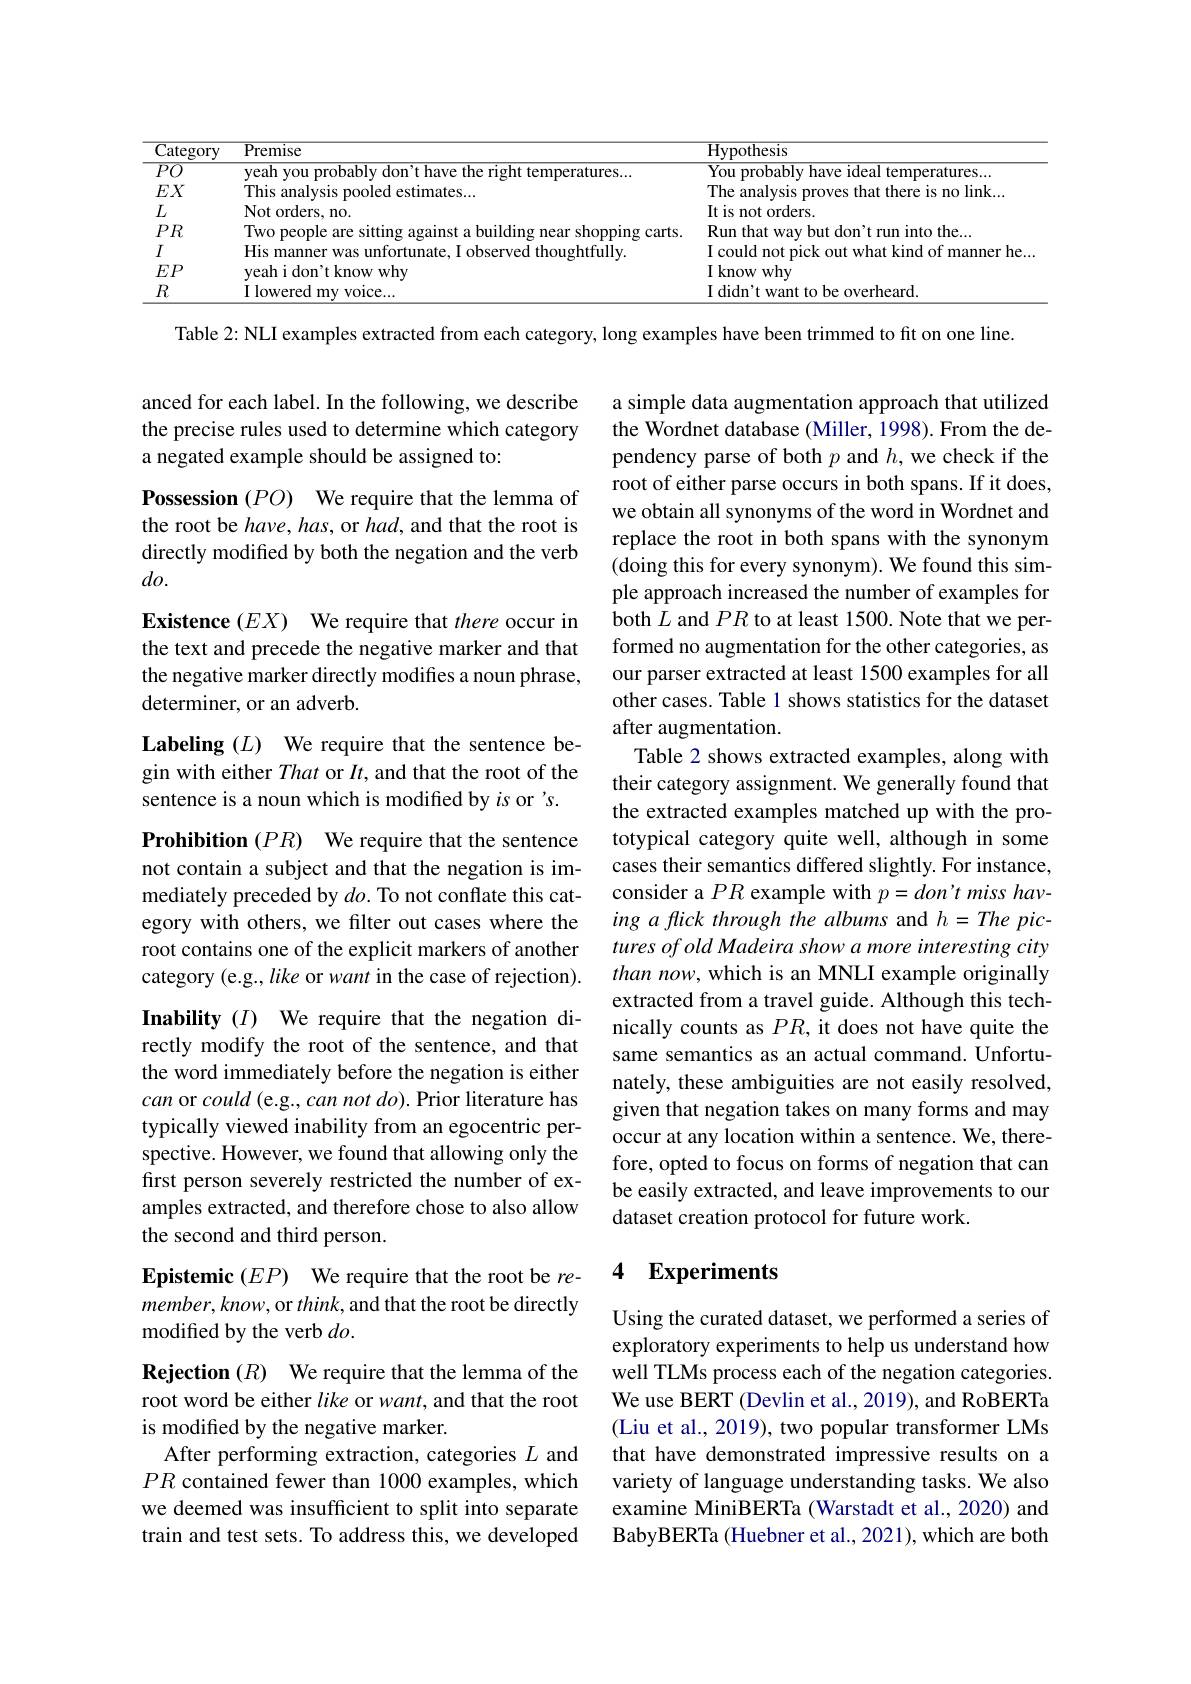
<table>
	<tbody>
		<tr>
			<th>$\overline{{\mathrm{Category}}}$</th>
			<th>Premise</th>
			<th>$\overline{{\mathrm{Hypothesis}}}$</th>
		</tr>
		<tr>
			<td>$\overline{PO}$</td>
			<td> </td>
			<td> </td>
		</tr>
		<tr>
			<td>$EX$</td>
			<td>analysie</td>
			<td> </td>
		</tr>
		<tr>
			<td>$L$</td>
			<td>Not orders, no. </td>
			<td>Itis t orders s mot</td>
		</tr>
		<tr>
			<td>$PR$</td>
			<td>Carts</td>
			<td>Run f</td>
		</tr>
		<tr>
			<td>$I$</td>
			<td>His manne</td>
			<td> </td>
		</tr>
		<tr>
			<td>$EP$</td>
			<td>yeah i don't know why</td>
			<td>$I$ know whv</td>
		</tr>
		<tr>
			<td>$R$</td>
			<td>OMIPPA</td>
			<td>$|didn^{\prime}$ rerheard</td>
		</tr>
	</tbody>
</table>

Table 2: NLI examples extracted from each category, long examples have been trimmed to fit on one line.

anced for each label. In the following, we describe the precise rules used to determine which category a negated example should be assigned to:

Possession $( PO)$ We require that the lemma of

the root be have, has, or had, and that the root is

directly modified by both the negation and the verb

$do.$

Existence (EX) We require that there occur in the text and precede the negative marker and that the negative marker directly modifies a noun phrase, determiner, or an adverb.

Labeling $(L)$ We require that the sentence begin with either That or $It$, and that the root of the sentence is a noun which is modified by $is$ or's.

a simple data augmentation approach that utilized the Wordnet database (Miller, 1998). From the dependency parse of both $p$ and $h$,we check if the root of either parse occurs in both spans. If it does, we obtain all synonyms of the word in Wordnet and replace the root in both spans with the synonym (doing this for every synonym). We found this simple approach increased the number of examples for both $L$ and $PR$ to at least 1500. Note that we performed no augmentation for the other categories, as our parser extracted at least 1500 examples for all other cases. Table 1 shows statistics for the dataset after augmentation.
Table 2 shows extracted examples, along with their category assignment. We generally found that the extracted examples matched up with the prototypical category quite well, although in some cases their semantics differed slightly. For instance, consider a $PR$ example with $p=don't$ miss having a flick through the albums and $h=The$ pictures of old Madeira show a more interesting city than now, which is an MNLI example originally extracted from a travel guide. Although this technically counts as $PR$, it does not have quite the same semantics as an actual command. Unfortunately, these ambiguities are not easily resolved, given that negation takes on many forms and may occur at any location within a sentence. We, therefore, opted to focus on forms of negation that can be easily extracted, and leave improvements to our dataset creation protocol for future work.

Prohibition $( PR)$ We require that the sentence not contain a subject and that the negation is immediately preceded by $do.$ To not conflate this category with others, we filter out cases where the root contains one of the explicit markers of another category (e.g., like or want in the case of rejection). Inability $(I)$ We require that the negation directly modify the root of the sentence, and that the word immediately before the negation is either can or could (e.g., can not do). Prior literature has typically viewed inability from an egocentric perspective. However, we found that allowing only the first person severely restricted the number of examples extracted, and therefore chose to also allow the second and third person.

### 4 Experiments

## Epistemic $( EP)$ We require that the root be remember, know, or $think$, and that the root be directly modifed by the verb $do.$

Using the curated dataset, we performed a series of exploratory experiments to help us understand how well TLMs process each of the negation categories. We use BERT (Devlin et al., 2019), and RoBERTa (Liu et al., 2019), two popular transformer LMs that have demonstrated impressive results on a variety of language understanding tasks. We also examine MiniBERTa (Warstadt et al., 2020) and BabyBERTa (Huebner et al., 2021), which are both

Rejection $( R)$ We require that the lemma of the root word be either like or want, and that the root is modified by the negative marker.
After performing extraction, categories $L$ and $PR$ contained fewer than 1000 examples, which we deemed was insufficient to split into separate train and test sets. To address this, we developed